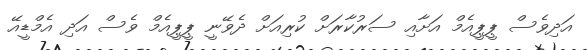
އަދިވެސް ޕީޕީއެމް އަށާއި ސަރުކާރަށް ކުރިއަށް ދެވޭނީ ޕީޕީއެމް ވެސް އަދި އެމްޑީއޭ